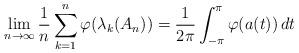
LaTeX: \begin{align*} \lim_{n \to \infty} \frac{1}{n} \sum_{k=1}^n \varphi(\lambda_k(A_n)) = \frac{1}{2\pi} \int_{-\pi}^{\pi} \varphi(a(t)) \, dt\end{align*}